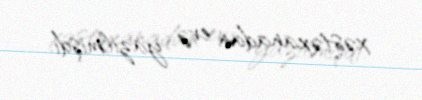
xəstəxanadan evə yazılmışdı.